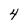
Character: 4